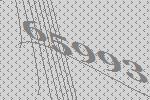
65993